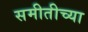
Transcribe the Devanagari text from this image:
समीतीच्या